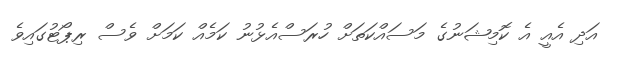
އަދި އެއީ އެ ކޮމިޝަނުގެ މަސައްކަތަށް ހުރަސްއެޅުނު ކަމެއް ކަމަށް ވެސް ރިޕޯޓުގައިވެ